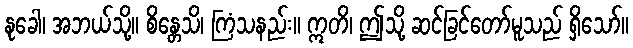
နုခေါ၊ အဘယ်သို့။ စိန္တေသိ၊ ကြံသနည်း။ ဣတိ၊ ဤသို့ ဆင်ခြင်တော်မူသည် ရှိသော်။